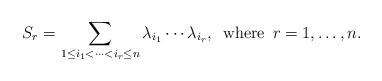
LaTeX: \begin{align*}S_{r}=\sum_{1\leq i_{1}<\cdots<i_{r}\leq n}\lambda_{i_{1}}\cdots\lambda_{i_{r}},\, \, \, {\rm where} \, \, \, r=1,\ldots,n.\end{align*}